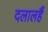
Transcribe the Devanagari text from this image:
दलालहैं